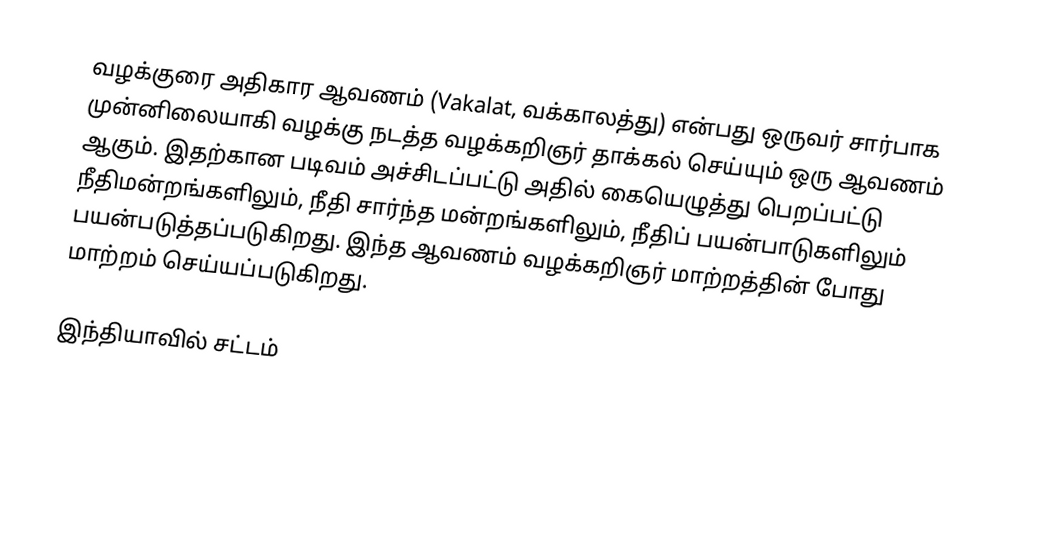
வழக்குரை அதிகார ஆவணம் (Vakalat, வக்காலத்து) என்பது ஒருவர் சார்பாக முன்னிலையாகி வழக்கு நடத்த வழக்கறிஞர் தாக்கல் செய்யும் ஒரு ஆவணம் ஆகும். இதற்கான படிவம் அச்சிடப்பட்டு அதில் கையெழுத்து பெறப்பட்டு நீதிமன்றங்களிலும், நீதி சார்ந்த மன்றங்களிலும், நீதிப் பயன்பாடுகளிலும் பயன்படுத்தப்படுகிறது. இந்த ஆவணம் வழக்கறிஞர் மாற்றத்தின் போது மாற்றம் செய்யப்படுகிறது.

இந்தியாவில் சட்டம்